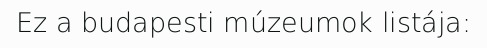
Ez a budapesti múzeumok listája: